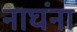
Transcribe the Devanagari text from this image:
नाघंना